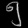
Digit: ၅